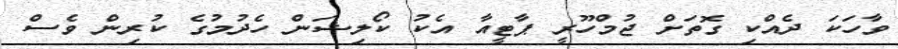
ވާހަކަ ދެއްކި ގޮތަށް ޖުމްހޫރީ ޕާޓީއާ އެކު ކޯލިޝަން ހެދުމުގެ ކުރިން ވެސް